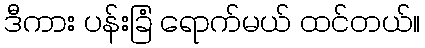
ဒီကား ပန်းခြံ ရောက်မယ် ထင်တယ်။